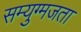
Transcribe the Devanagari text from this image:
सम्युग्मजता